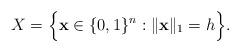
LaTeX: \begin{align*} X = \Big\{\mathbf{x} \in \{0, 1\}^{n}: \Vert \mathbf{x} \Vert_1 = h \Big\}.\end{align*}